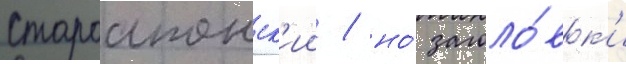
староапонск'ии / но́ заголо́вк'и